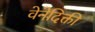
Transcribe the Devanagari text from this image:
वेनेदिक्ती